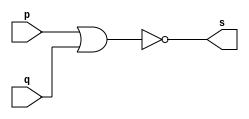
// ---------------------
// EXERCICIO 02 - NOR
// Nome: Rodolfo Herman
// ---------------------

/**
* NOR
*/
module pnor ( output s, input p, input q );
//cria vinculo
assign s = ~(p | q);
//terminar
endmodule

/**
* Testar porta
*/
module testador;
//criar entradas
reg a;
reg b;
//criar FIO
wire s;
//instancia
pnor NOR1 ( s, a, b );
//atribuir valor inicial
initial begin
a = 0;
b = 0;
//terminar initial
end

/**
* Main - parte principal
*/
initial begin
//identificaao
$display ( "Exercicio 002");
$display ( "Autor: Rodolfo Herman");
$display ( "Testar porta NOR");
$display ( "~(a | b) = s \n");
$monitor ( "~(%b | %b) = %b", a, b, s );
#1 a = 0; b = 1;
#1 a = 1; b = 0;
#1 a = 1; b = 1;
//terminar initial
end
//terminar
endmodule